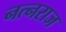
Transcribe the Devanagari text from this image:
नत्नराज